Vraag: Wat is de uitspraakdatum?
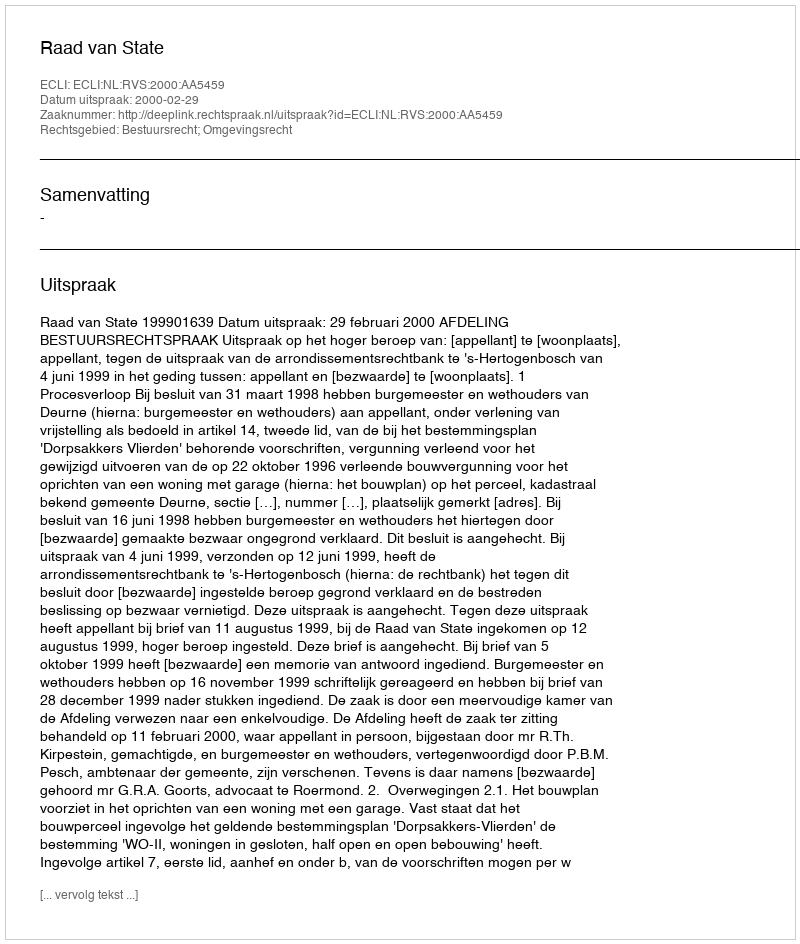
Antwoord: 2000-02-29